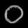
Digit: ၀